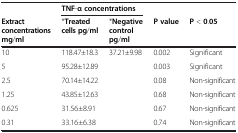
<table><thead><tr><td><b> </b></td><td colspan="2"><b>TNF-α concentrations</b></td><td><b> </b></td><td><b> </b></td></tr><tr><td><b>Extract concentrations mg/ml</b></td><td><b>*Treated cells pg/ml</b></td><td><b>*Negative control pg/ml</b></td><td><b>P value</b></td><td><b>P &lt;0.05</b></td></tr></thead><tbody><tr><td>10</td><td>118.47±18.3</td><td rowspan="5">37.21±9.98</td><td>0.002</td><td>Significant</td></tr><tr><td>5</td><td>95.28±12.89</td><td>0.003</td><td>Significant</td></tr><tr><td>2.5</td><td>70.14±14.22</td><td>0.08</td><td>Non-significant</td></tr><tr><td>1.25</td><td>43.85±12.63</td><td>0.68</td><td>Non-significant</td></tr><tr><td>0.625</td><td>31.56±8.91</td><td>0.67</td><td>Non-significant</td></tr><tr><td>0.31</td><td>33.16±6.38</td><td> </td><td>0.74</td><td>Non-significant</td></tr></tbody></table>